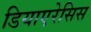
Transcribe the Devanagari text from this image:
डियाएरेसिस